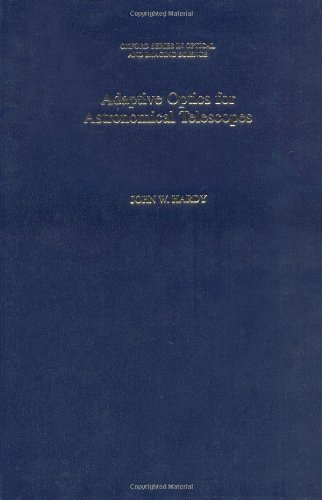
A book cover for Adaptive Optics for Astronomical Telescopes (Oxford Series in Optical and Imaging Sciences); John W. Hardy; Science & Math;